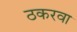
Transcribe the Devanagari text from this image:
ठकरवा